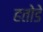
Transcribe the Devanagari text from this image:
हतोडे